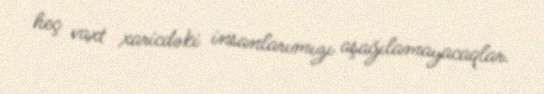
heç vaxt xaricdəki insanlarımızı aşağılamayacaqlar.